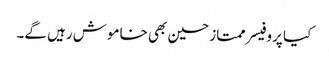
کیا پروفیسر ممتاز حسین بھی خاموش رہیں گے۔